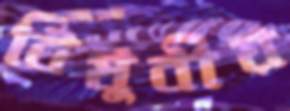
বিষুবীয়